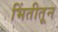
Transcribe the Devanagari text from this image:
भिंतीतून